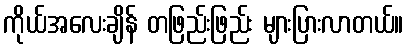
ကိုယ်အလေးချိန် တဖြည်းဖြည်း များပြားလာတယ်။